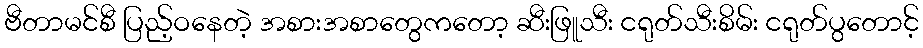
ဗီတာမင်စီ ပြည့်ဝနေတဲ့ အစားအစာတွေကတော့ ဆီးဖြူသီး ငရုတ်သီးစိမ်း ငရုတ်ပွတောင့်